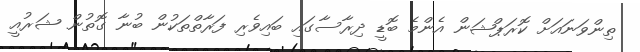
ތިންވަނައަށް ކޮރަޕްޝަން އެންމެ ބޮޑީ ދިރާސާގައި ބައިވެރި ފަރާތްތަކުން ބުނާ ގޮތުން ޝަރުއީ